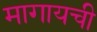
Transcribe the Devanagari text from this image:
मागायची